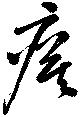
瘼